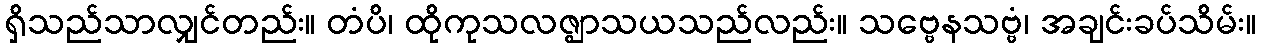
ရှိသည်သာလျှင်တည်း။ တံပိ၊ ထိုကုသလဇ္ဈာသယသည်လည်း။ သဗ္ဗေနသဗ္ဗံ၊ အချင်းခပ်သိမ်း။